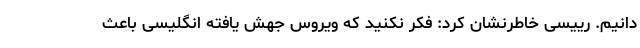
دانیم. رییسی خاطرنشان کرد: فکر نکنید که ویروس جهش یافته انگلیسی باعث